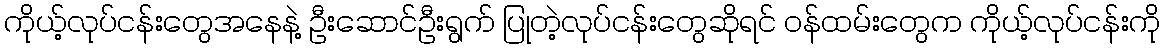
ကိုယ့်လုပ်ငန်းတွေအနေနဲ့ ဦးဆောင်ဦးရွက် ပြုတဲ့လုပ်ငန်းတွေဆိုရင် ဝန်ထမ်းတွေက ကိုယ့်လုပ်ငန်းကို